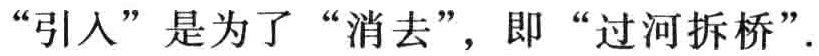
“引入”是为了“消去”，即“过河拆桥”.